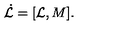
\dot { { \cal L } } = [ { \cal L } , M ] .